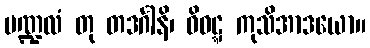
မဏ္ဍလံ တု တဒင်္ဂါနိ၊ ဝိဝဋ္ဋ ကုသိအာဒယော။